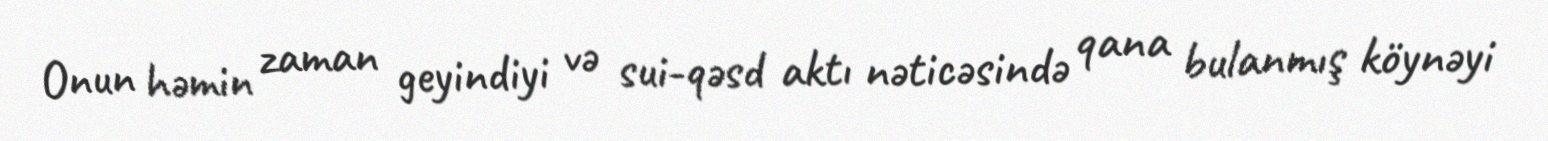
Onun həmin zaman geyindiyi və sui-qəsd aktı nəticəsində qana bulanmış köynəyi